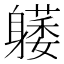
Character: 𰹇